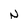
Character: N